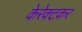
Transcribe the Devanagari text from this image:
केरेक्टकर